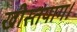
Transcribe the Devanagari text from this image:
खीस्तयाग।